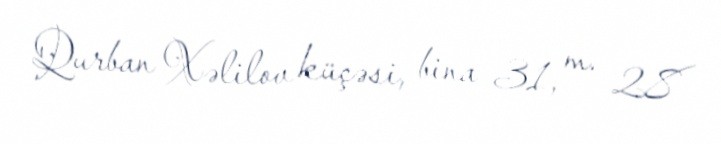
Qurban Xəlilov küçəsi, bina 31, m. 28